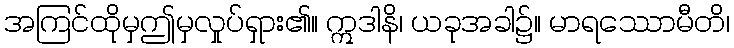
အကြင်ထိုမှဤမှလှုပ်ရှား၏။ ဣဒါနိ၊ ယခုအခါ၌။ မာရဿောမီတိ၊